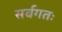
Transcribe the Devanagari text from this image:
सर्वगतः